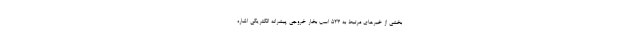
بخشی از خبرهای مرتبط به 523 اسب بخار خروجی پیشرانه الکتریکی اشاره